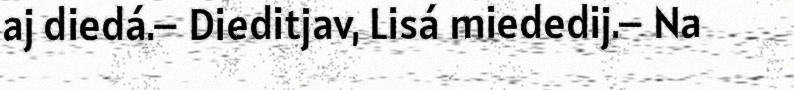
aj diedá.– Dieditjav, Lisá miededij.– Na